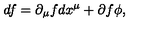
d f = \partial _ { \mu } f d x ^ { \mu } + \partial f \phi ,